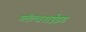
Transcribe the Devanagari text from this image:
ग्लॅल्वनाईझ्ड